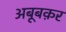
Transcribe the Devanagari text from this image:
अबूबक़र